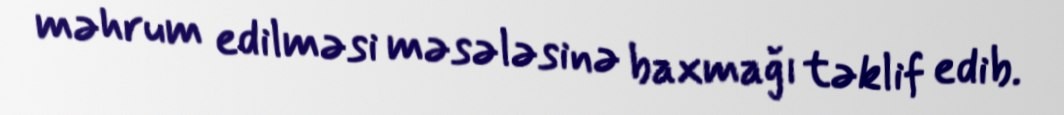
məhrum edilməsi məsələsinə baxmağı təklif edib.